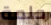
حلمة